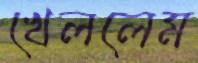
খেললেম